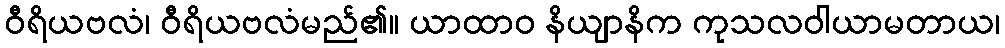
ဝီရိယဗလံ၊ ဝီရိယဗလံမည်၏။ ယာထာဝ နိယျာနိက ကုသလဝါယာမတာယ၊